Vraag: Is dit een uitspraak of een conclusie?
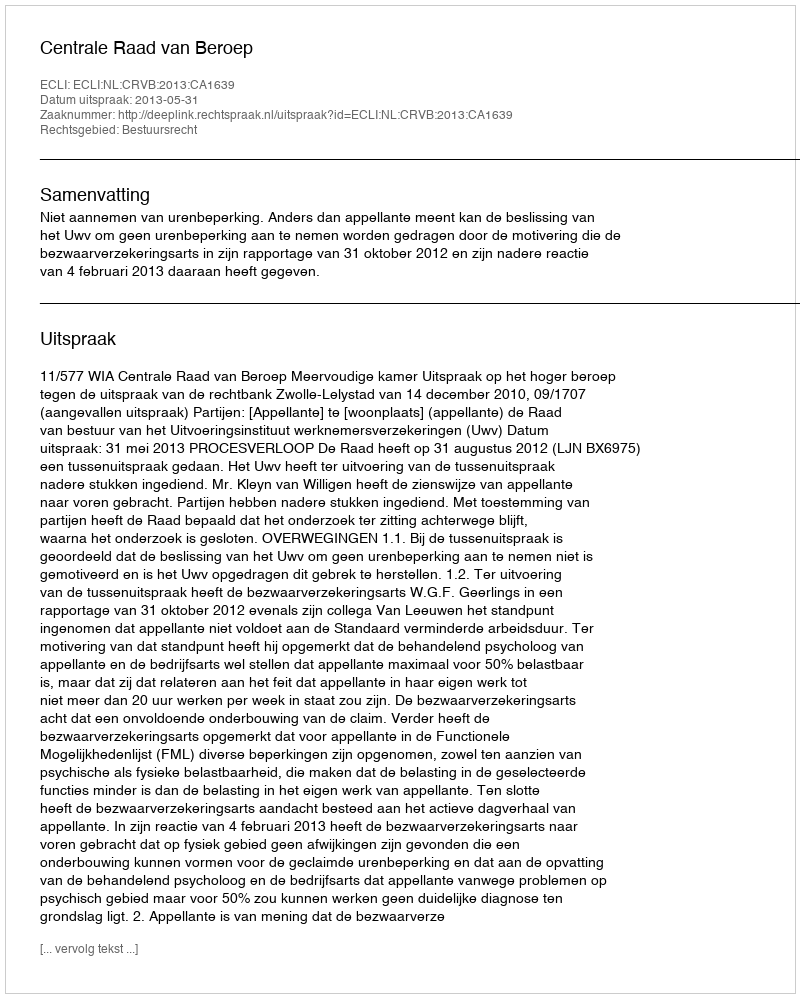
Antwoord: Uitspraak